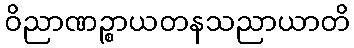
ဝိညာဏဉ္စာယတနသညာယာတိ